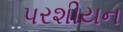
પરશીયન